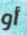
أو